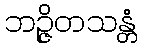
ဘဉ္ဇိတသန္တံ